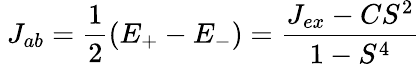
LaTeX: \ J_{ab}={\frac{1}{2}}(E_{+}-E_{-})={\frac{J_{ex}-CS^{2}}{1-S^{4}}}